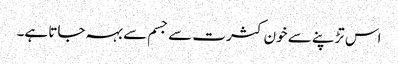
اس تڑپنے سے خون کثرت سے جسم سے بہہ جاتا ہے۔